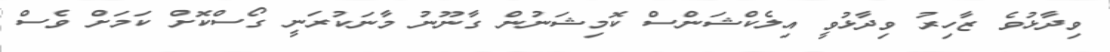
ވިދާޅުވެ ޒާހިރު ވިދާޅުވީ އިލެކްޝަންސް ކޮމިޝަނުން ގާނޫނު މާނަކުރަނީ ގޯސްކޮށް ކަމަށް ވެސް